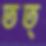
তত্